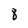
Character: 8